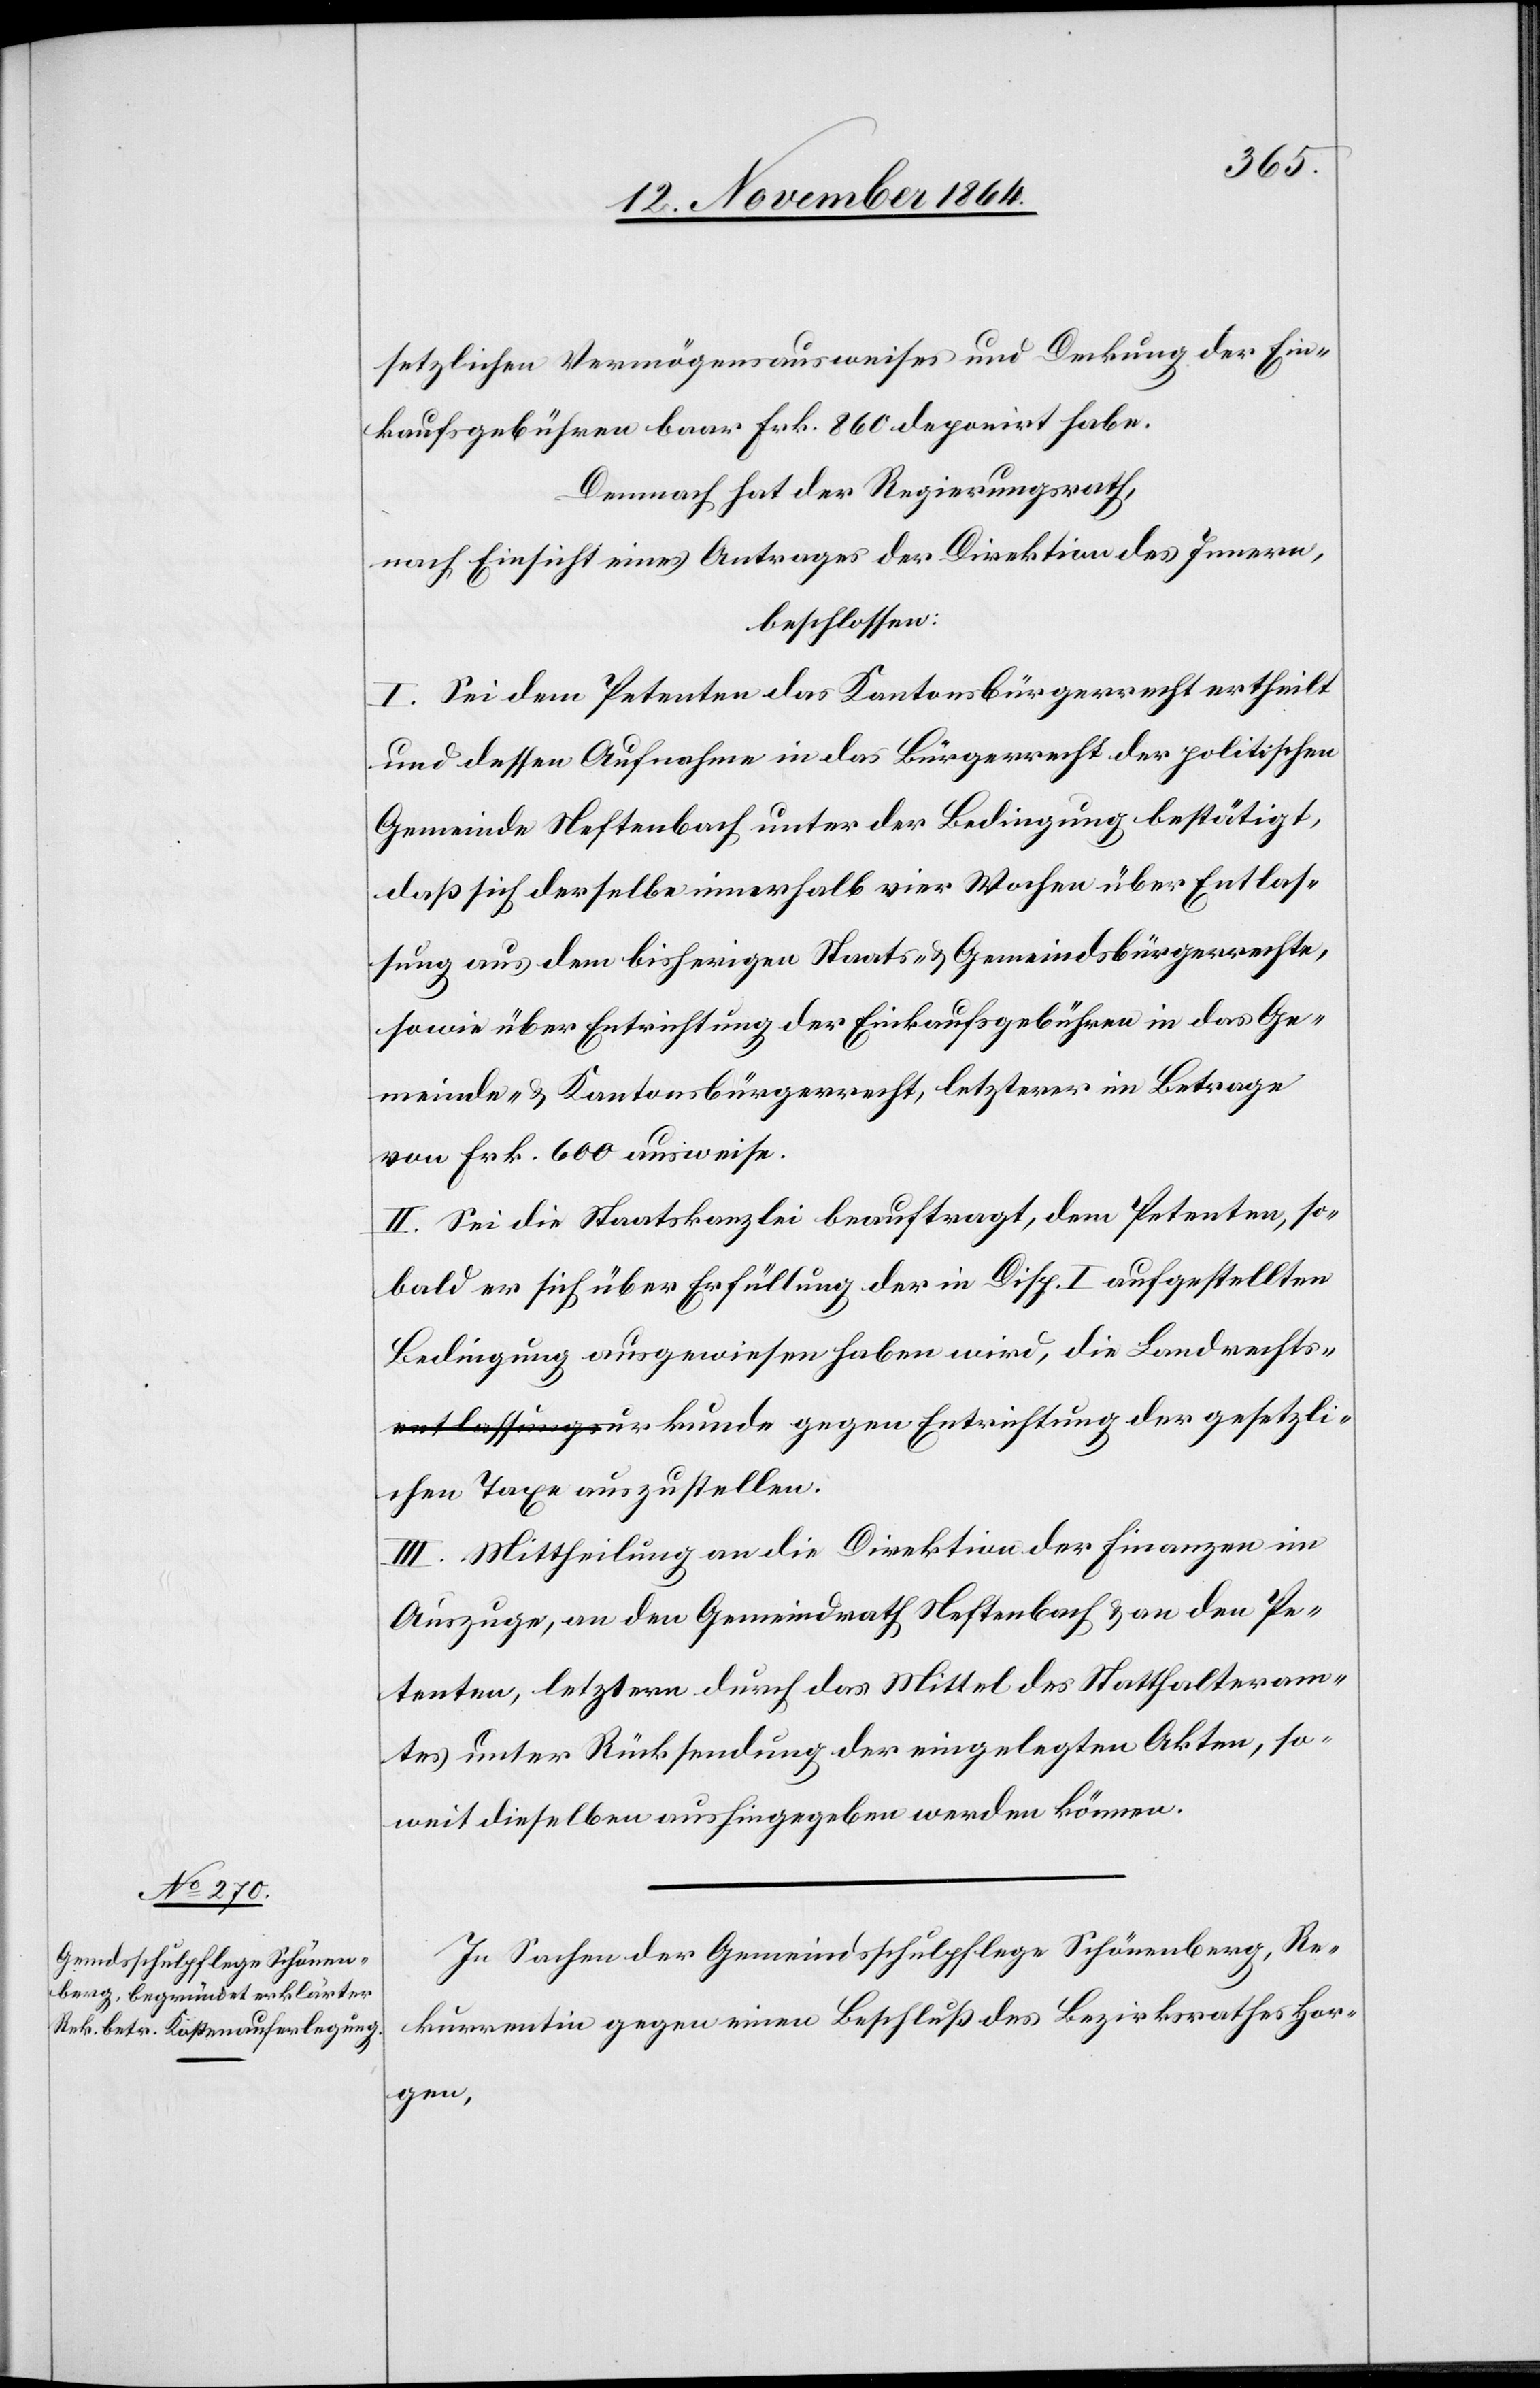
setzlichen Vermögensausweises und Deckung der Ein¬
kaufsgebühren baar Frk. 860 deponirt habe.
Demnach hat der Regierungsrath,
nach Einsicht eines Antrages der Direktion des Innern,
beschlossen:
I. Sei dem Petenten das Kantonsbürgerrecht ertheilt
und dessen Aufnahme in das Bürgerrecht der politischen
Gemeinde Neftenbach unter der Bedingung bestätigt,
daß sich derselbe innerhalb vier Wochen über Entlas¬
sung aus dem bisherigen Staats- & Gemeindsbürgerrechte,
sowie über Entrichtung der Einkaufsgebühren in das Ge¬
meinde- & Kantonsbürgerrecht, letztere von Frk.
II. Sei die Staatskanzlei beauftragt, dem Petenten, so¬
bald er sich über Erfüllung der in Disp. I aufgestellten
Bedingung ausgewiesen haben wird, die Landrechts¬
a-entlassungs-aurkunde gegen Entrichtung der gesetzli¬
chen Taxe auszustellen.
III. Mittheilung an die Direktion der Finanzen im
Auszuge, an den Gemeindrath Neftenbach & an den Pe¬
tenten, letzterm durch das Mittel des Statthalteram¬
tes unter Rücksendung der eingelegten Akten, so¬
weit dieselben aushingegeben werden können.
In Sachen der Gemeindsschulpflege Schönenberg, Re¬
kurrentin gegen einen Beschluß des Bezirksrathes Hor¬
gen,